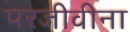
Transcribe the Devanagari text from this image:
परजीवीना